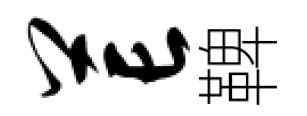
芒鞞